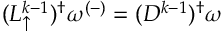
( L _ { \uparrow } ^ { k - 1 } ) ^ { \dagger } \omega ^ { ( - ) } = ( D ^ { k - 1 } ) ^ { \dagger } \omega